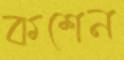
কশেন